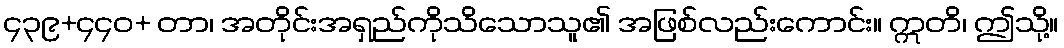
၄၃၉+၄၄၀+ တာ၊ အတိုင်းအရှည်ကိုသိသောသူ၏ အဖြစ်လည်းကောင်း။ ဣတိ၊ ဤသို့။